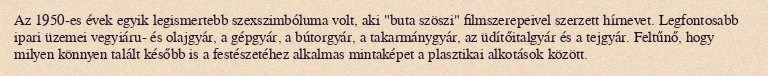
Az 1950-es évek egyik legismertebb szexszimbóluma volt, aki "buta szöszi" filmszerepeivel szerzett hírnevet. Legfontosabb ipari üzemei vegyiáru- és olajgyár, a gépgyár, a bútorgyár, a takarmánygyár, az üdítőitalgyár és a tejgyár. Feltűnő, hogy milyen könnyen talált később is a festészetéhez alkalmas mintaképet a plasztikai alkotások között.